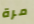
مرة